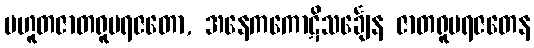
ပဟူတဇာတရူပရဇတော, အနေကကောဋိသင်္ချေန ဇာတရူပရဇတေန